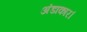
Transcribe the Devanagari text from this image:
अंडाकार।